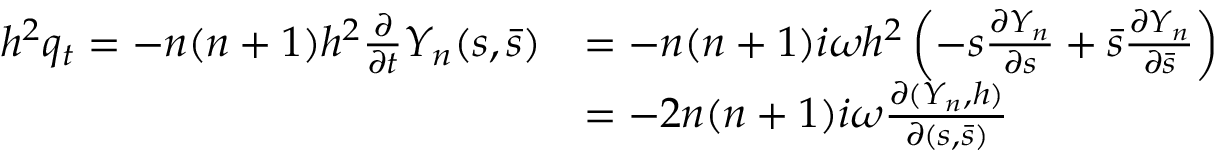
\begin{array} { r l } { h ^ { 2 } q _ { t } = - n ( n + 1 ) h ^ { 2 } \frac { \partial } { \partial t } Y _ { n } ( s , \bar { s } ) } & { = - n ( n + 1 ) i \omega h ^ { 2 } \left( - s \frac { \partial Y _ { n } } { \partial s } + \bar { s } \frac { \partial Y _ { n } } { \partial \bar { s } } \right) } \\ & { = - 2 n ( n + 1 ) i \omega \frac { \partial ( Y _ { n } , h ) } { \partial ( s , \bar { s } ) } } \end{array}